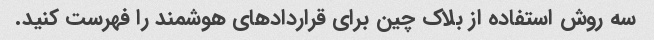
سه روش استفاده از بلاک چین برای قراردادهای هوشمند را فهرست کنید.